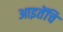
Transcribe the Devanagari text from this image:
आइतेंचि